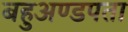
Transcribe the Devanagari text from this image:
बहुअण्डपता